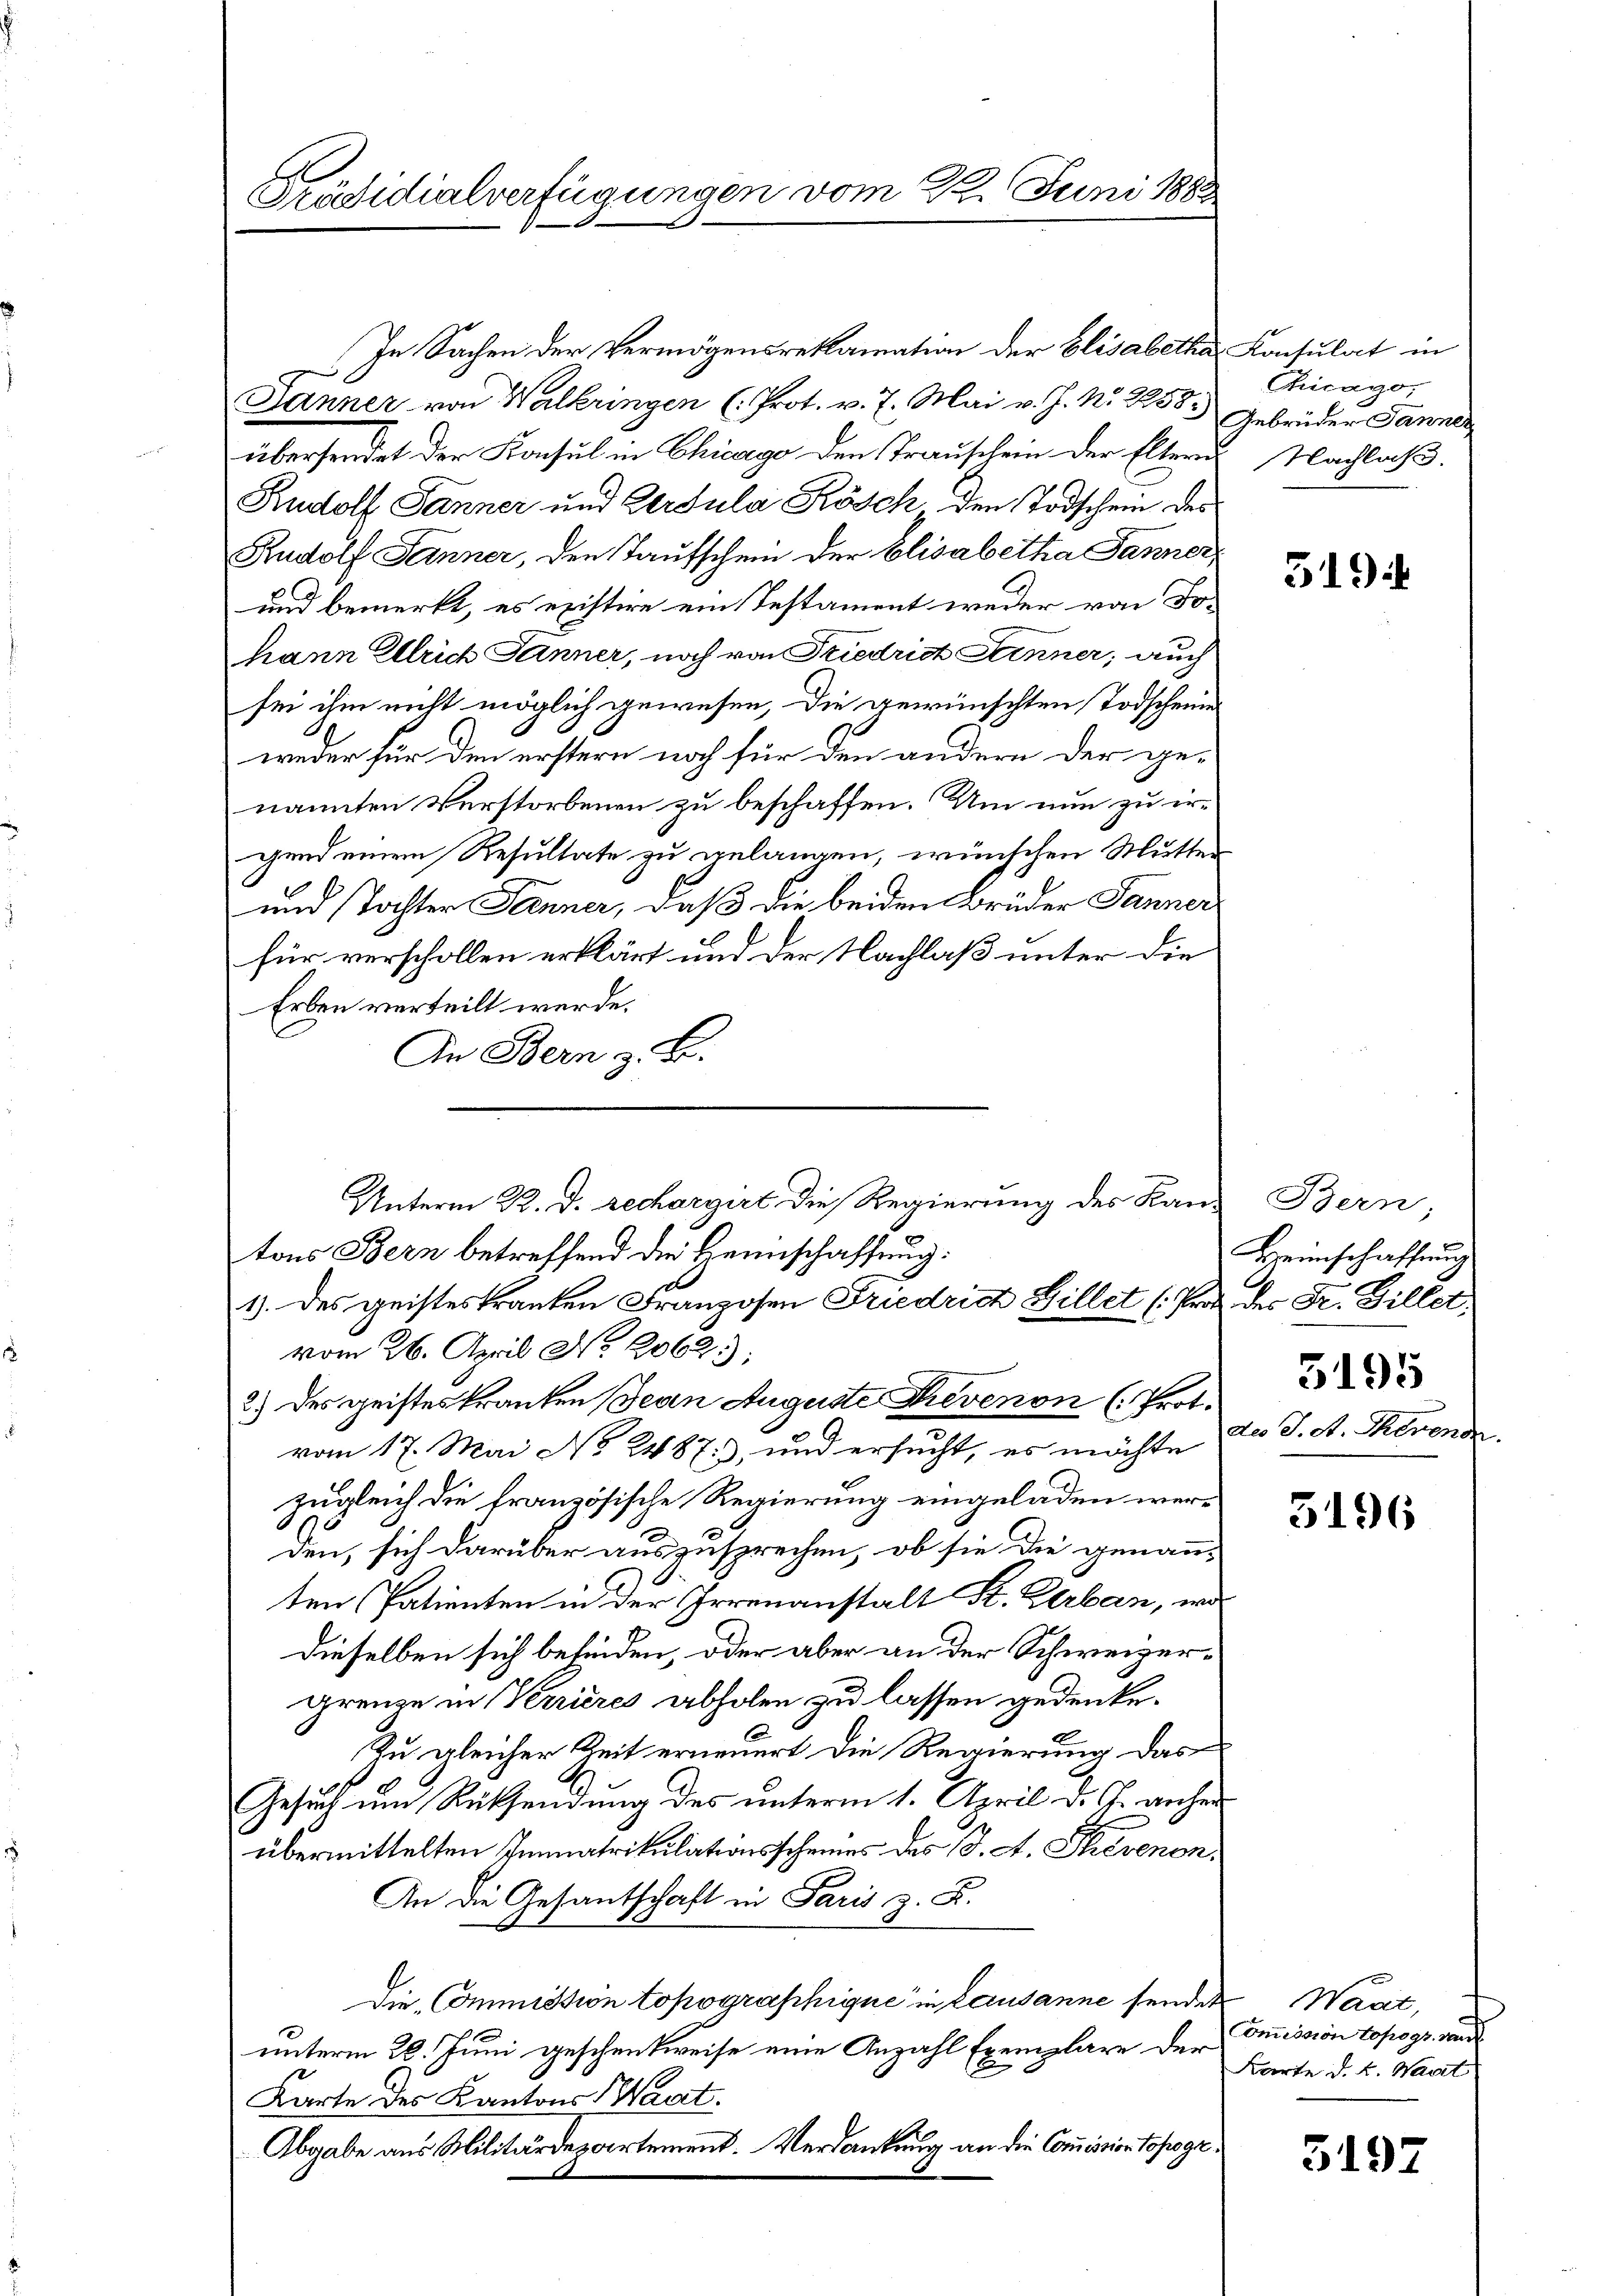
Präsidialverfügungen vom 22. Juni 1882.

In Sachen der Vermögensrekamation der Elisabetha Konsulat in
Jänner von Walkringen (Prot. v. 7. Mai v. J. Nr. 255) Gebrüder Tanner
übersendet der Konsul in Chicago den Trauschein der Eltern Nachlaß
Rudolf Jänner und Gerdula Kösch den Todschein des
Rudolf Jänner, den Taufschein der Elisabetha Jänner
und bemerkt, es existire ein Testament weder von Tohann Ullrich Jänner, noch von Friedrich Sinner; auch
sei ihm nicht möglich gewesen, die gewünschten Todscheine
weder für den erstern noch für den andern der ge-
nannten Verstorbenen zu beschaffen. Um nun zu irgend einem Resultate zu gelangen, wünschen Mutter
und Tochter Jenner, daß die beiden Brüder Janner
für verschollen erklärt und der Nachlaß unter die
Erben verteilt werde.
An Bern z. B.
Unterm 22. d. rechargirt die Regierung des Land Bern,
tons Bern betreffend die Heimschaffung:
1). Des geisteskranken Franzosen Friedrich Billet (Pros der Fr. Billet,
vom 26. April No. 2062.);
2) des geisteskranken Jean Auguste Frevenon (Prot.
vom 17. Mai No 2487), und ersucht, es möchte
zugleich die französische Regierung eingeladen werden, sich darüber auszusprechen, ob sie die genann-
ten Patienten in der Irrenanstalt St. Verban, wo
dieselben sich beleiden, oder aber an der Schweizergrenze in Kerrieres abholen zu lassen gedenke.
Zu gleicher Zeit erneuert die Regierung das
Gesuch um Rücksendung des unterm 1. April d. J. anher
übermittelten Immatrikulationsscheines des J. A. Sievenon,
An die Gesantschaft in Paris z. B.
Die Commission topographique in Lausanne senden
unterm 28. Juni geschenkweise eine Anzahl Exemplare der Commission topogr. und
Karte des Kantons Saat.
Abgabe aus Militärdepartement. Verdankung an die Commission Topogr

Gricago,

519

Bereinschaffung

5195

des J. A. Theren

3196

Waat,
Karte d. h. Wart

5197